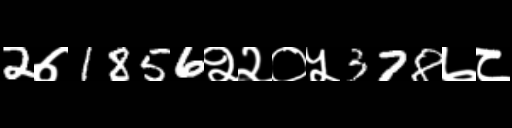
Text: 2७1856२२०५378७८